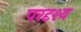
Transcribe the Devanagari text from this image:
परदृश्य